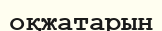
оқжатарын